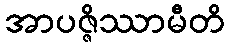
အာပဇ္ဇိဿာမီတိ